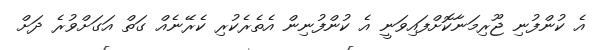
އެ ކުންފުނި ޖޫރިމަނާކޮށްފައިވަނީ އެ ކުންފުނިން އެތެރެކުރި ކެރޭނެއް ގަތް އަގަށްވުރެ ދަށް